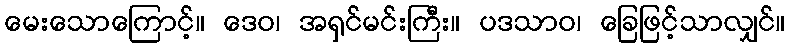
မေးသောကြောင့်။ ဒေဝ၊ အရှင်မင်းကြီး။ ပဒသာဝ၊ ခြေဖြင့်သာလျှင်။